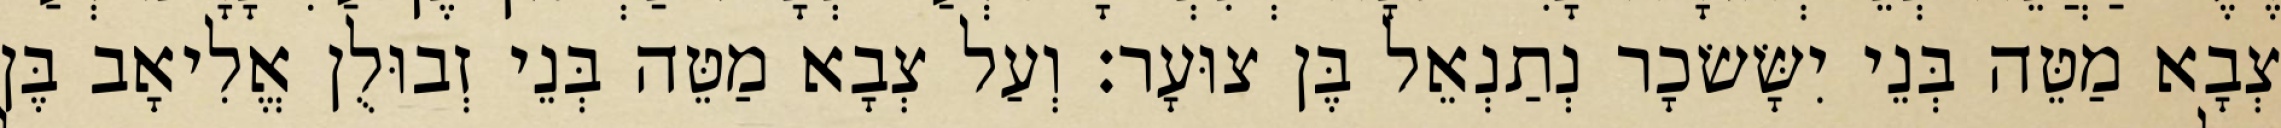
צְבָא מַטֵּה בְּנֵי יִשָּׂשׂכָר נְתַנְאֵל בֶּן צוּעָר׃ וְעַל צְבָא מַטֵּה בְּנֵי זְבוּלֻן אֱלִיאָב בֶּן